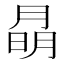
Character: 𭨽